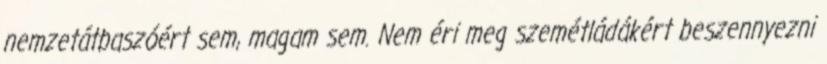
nemzetátbaszóért sem, magam sem. Nem éri meg szemétládákért beszennyezni